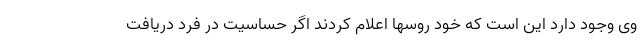
وی وجود دارد این است که خود روسها اعلام کردند اگر حساسیت در فرد دریافت